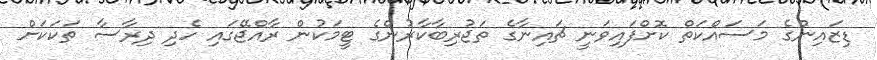
ޑިޒައިންގެ މަސައްކަތް ކޮށްފައިވަނީ ޗައިނާގެ ތަޖުރިބާކާރުންގެ ޓީމަކުން ރާއްޖޭގައި ހެދި ދިރާސާ ތަކަކަށް